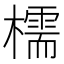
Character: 檽